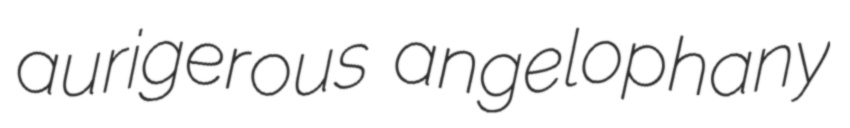
aurigerous angelophany